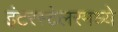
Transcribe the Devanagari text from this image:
इंटरस्टेलरमध्ये